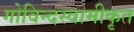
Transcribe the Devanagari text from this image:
गोविन्दस्वामीकृत